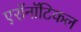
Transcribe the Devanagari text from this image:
एरॉनॉटिकल